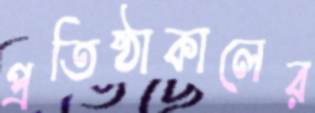
প্রতিষ্ঠাকালের